Punjab Mental Hospital Lahore 1922-31 - 1922-1931
Year: 1922
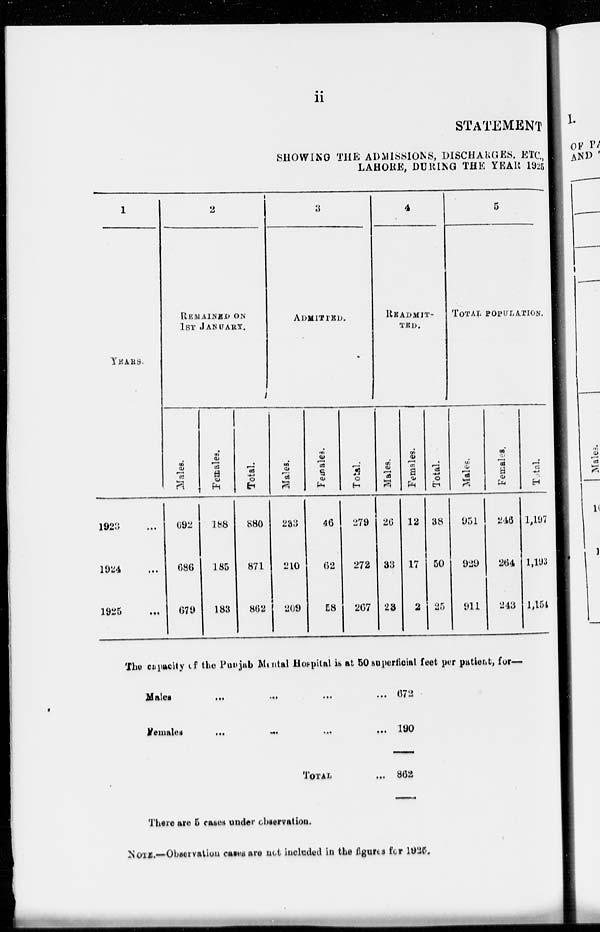
11
STATEMENT
SHOWING THE ADMISSIONS, DISCHARGES, ETC.
LAHORE, DURING THE YEAR 1925
1
YEARS.
1923 ...
1924 ...
1925 ...
2
REMAINED ON
1ST JANUARY.
Males.
692
686
679
Females.
188
185
183
Total.
880
871
862
3
ADMITTED.
Males.
233
210
209
Females.
46
62
58
Total.
279
272
207
4
READMITTED.
Males.
26
33
23
Females.
12
17
2
Total.
38
50
25
5
TOTAL
POPULATION.
Males.
951
929
911
Females.
246
264
243
Total.
1,197
1,193
1,154
The capacity of the Punjab Mental Hospital is at 50 superficial feet per patient, for—
Males ... ... ... ...
Females ... ... ... ...
TOTAL ...
672
190
862
There are 5 cases under observation.
NOTE.—Observation cases are not included in the figures for 1925.